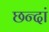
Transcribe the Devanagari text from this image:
छन्दां